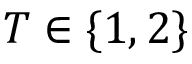
T \in \{ 1 , 2 \}